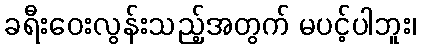
ခရီးဝေးလွန်းသည့်အတွက် မပင့်ပါဘူး၊